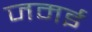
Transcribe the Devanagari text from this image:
जमई